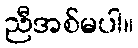
ညီအစ်မပါ။